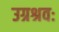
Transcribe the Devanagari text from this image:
उग्रश्रवः